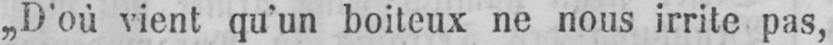
„D’où vient qu’un boiteux ne nous irrite pas,